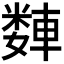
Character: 𫏻